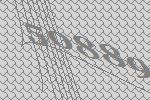
50889